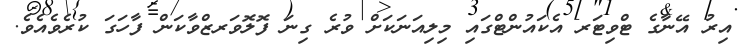
އިރު އޭނާގެ ޓްވިޓަރ އެކައުންޓްގައި މިލިއަނަކަށް ވުރެ ގިނަ ފޮލޮވަރޒްވާކަން ފާހަގަ ކުރެވެއެވެ.